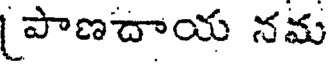
పాణదాయ నమ